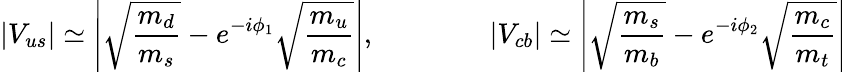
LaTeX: |V_{us}|\simeq\left|\sqrt{\frac{m_{d}}{m_{s}}}-e^{-i\phi_{1}}\sqrt{\frac{m_{u}}{m_{c}}}\right|,\qquad\qquad|V_{cb}|\simeq\left|\sqrt{\frac{m_{s}}{m_{b}}}-e^{-i\phi_{2}}\sqrt{\frac{m_{c}}{m_{t}}}\right|